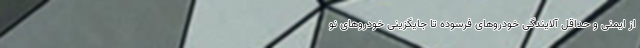
از ایمنی و حداقل آلایندگی خودروهای فرسوده تا جایگزینی خودروهای نو